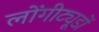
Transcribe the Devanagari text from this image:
लोंगीट्यूडों